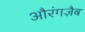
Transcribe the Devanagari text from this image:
औरंगज़ैब